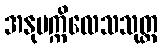
အနုပက္ကိလေသသုတ္တ